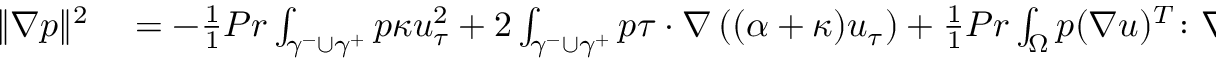
\begin{array} { r l } { \| \nabla p \| ^ { 2 } } & { { } = - \frac { 1 } { 1 } { { P r } } \int _ { \gamma ^ { - } \cup \gamma ^ { + } } p \kappa u _ { \tau } ^ { 2 } + 2 \int _ { \gamma ^ { - } \cup \gamma ^ { + } } p \tau \cdot \nabla \left( ( \alpha + \kappa ) u _ { \tau } \right) + \frac { 1 } { 1 } { { P r } } \int _ { \Omega } p ( \nabla u ) ^ { T } \colon \nabla u } \end{array}